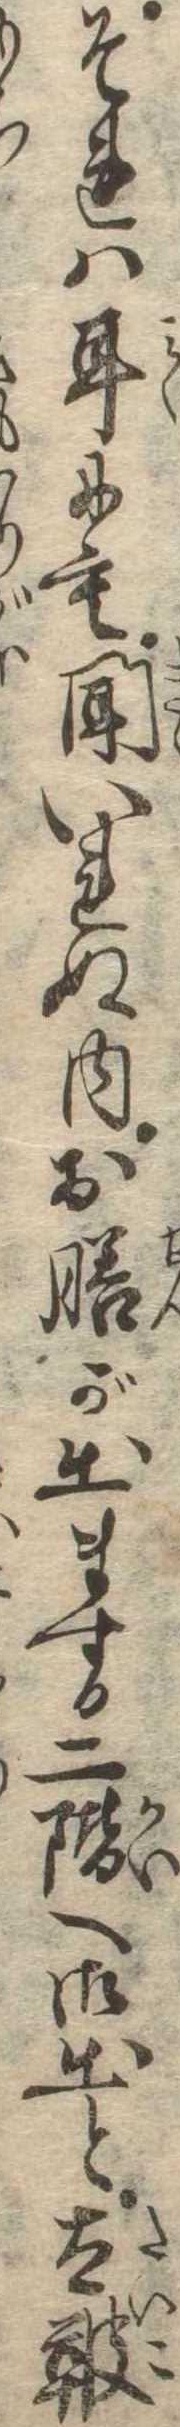
それは耳にも聞いれぬ内お膳が出まする二階へ御出と太鞁